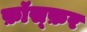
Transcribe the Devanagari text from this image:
फ़ॉस्फ़र